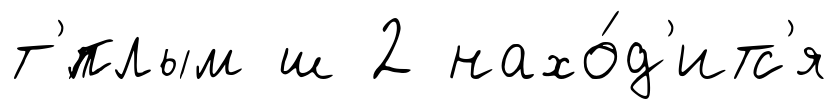
т'́плым ш 2 нахо́д'итс'я